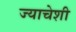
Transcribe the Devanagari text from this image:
ज्याचेशी